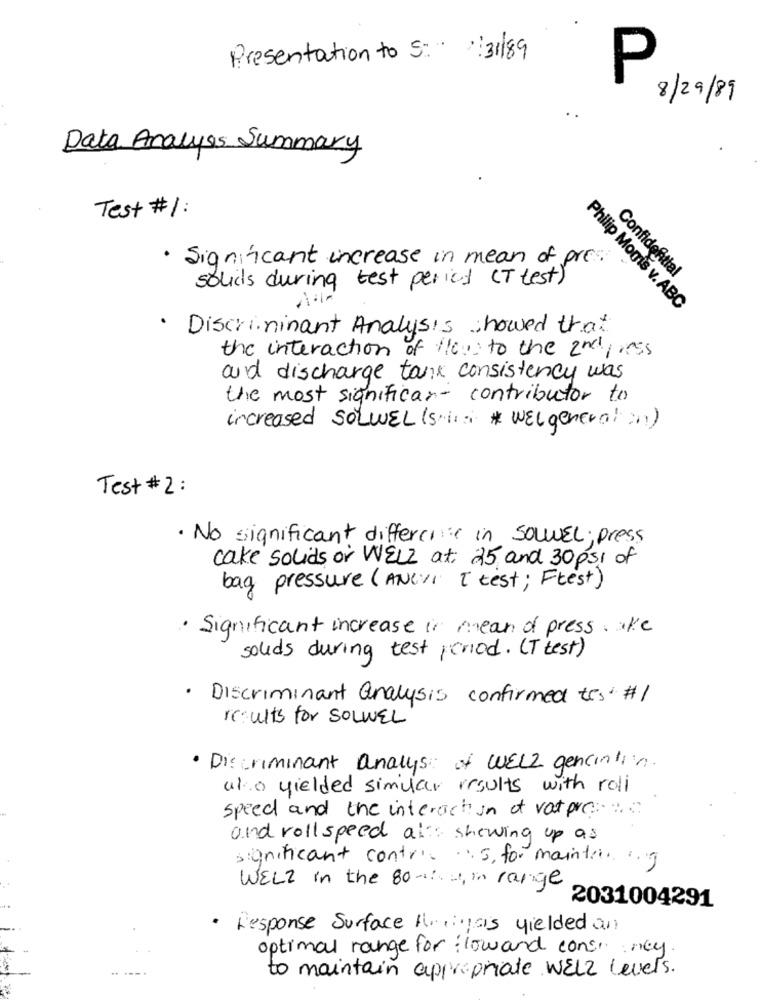
Presentation to S: 31/89
P
8/29/89
Data Analysis Summary
Test #1 :
· Significant increase in mean of pre.
solids during test period (T test)
Confidefitial
Philip Mogis v. ABC
· Discriminant Analysis showed that
the interaction of 110: to the 2ndpress
and discharge tank consistency was
the most significar- contributor to
increased SOLWEL (s.i .: # WELgeneral in)
Test #2 :
· No significant differci in SouvEL; press
cake solids or WELL at 25 and 30 psi of
bag pressure (ANCVI [ test; Ftest)
· Significant increase in mean of press. a/c
solids during test period. (T test)
· Discriminant analysis confirmed tes #1
results for SOLWEL
· Discriminant analys of WELL gencintin.
upto yielded simular results with roll
speed and the interaction of vat pres:
and roll speed at : showing up as
significant contr .. ... for mainting
WELL in the 80% ., in range
2031004291
· Response Surface Arias yielded an
optimal range for low and cons. ney.
-----
to maintain appropriate WELL Levels.